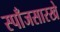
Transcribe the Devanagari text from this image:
स्पाँजसारखे